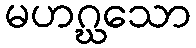
မဟဂ္ဃသော